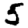
Digit: 5